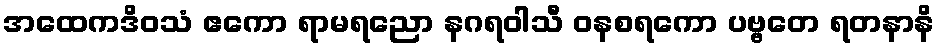
အထေကဒိဝသံ ဧကော ရာမရညော နဂရဝါသီ ဝနစရကော ပဗ္ဗတေ ရတနာနိ